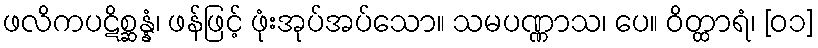
ဖလိကပဋိစ္ဆန္နံ၊ ဖန်ဖြင့် ဖုံးအုပ်အပ်သော။ သမပဏ္ဏာသ၊ ပေ။ ဝိတ္ထာရံ၊ [၀၁]